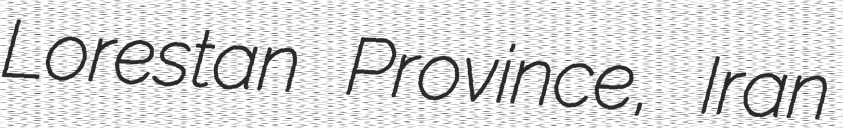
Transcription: Lorestan Province, Iran